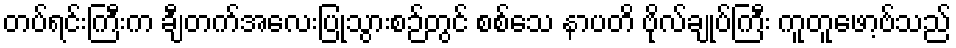
တပ်ရင်းကြီးက ချီတက်အလေးပြုသွားစဉ်တွင် စစ်သေ နာပတိ ဗိုလ်ချုပ်ကြီး ကူတူဖော့ဗ်သည်